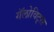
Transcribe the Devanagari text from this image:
गॅलोविट्स